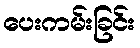
ပေးကမ်းခြင်း